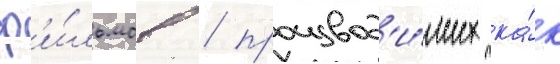
ф'и́льмов / производ'и́мых ка́к